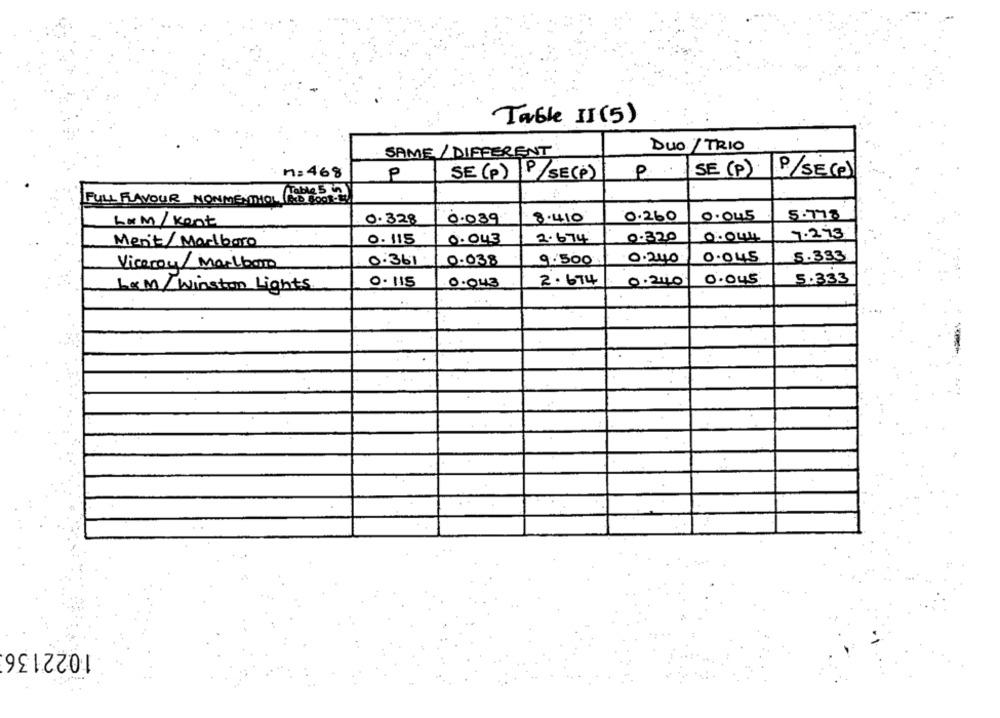
Table II (5)
DUO / TRIO
SAME/ DIFFERENT
M:468
.P ...
SE (P)
P/SE(P)
P
SE (p) P/SE(P)
FULL FLAVOUR NONMENTHOL 1645 2]
5-718
Lam/Kent
0.328
0.039
8.410
0.260
0.045
7.273
Men't/ Marlboro
0. 115
0.043
2.674
0.320
0.044
0.04.5
5.333
Viceroy/ Marlboro
0.361
0.038
9.500
0.240
0.045
5.333
0.043
2.674
مبيد. مـ
L&M/Winston Lights
1022136